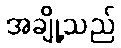
အချို့သည်